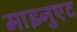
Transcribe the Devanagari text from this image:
माइनुएट